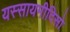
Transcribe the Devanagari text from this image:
यस्सायमीदिसो